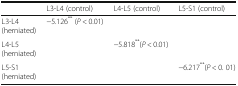
|  | L3-L4 (control) | L4-L5 (control) | L5-S1 (control) |
 | --- | --- | --- | --- |
 | L3-L4 (herniated) | −5.126** (P < 0.01) |  |  |
 | L4-L5 (herniated) |  | −5.818**(P < 0.01) |  |
 | L5-S1 (herniated) |  |  | −6.217**(P < 0. 01) |